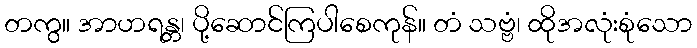
တကွ။ အာဟရန္တ၊ ပို့ဆောင်ကြပါစေကုန်။ တံ သဗ္ဗံ၊ ထိုအလုံးစုံသော